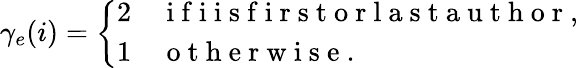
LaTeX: \gamma_{e}(i)=\left\{ \begin{array}{ll}{2\quad\mathrm{~i~f~i~i~s~f~i~r~s~t~o~r~l~a~s~t~a~u~t~h~o~r~},}\\ {1\quad\mathrm{~o~t~h~e~r~w~i~s~e~.~}}\end{array}\right.